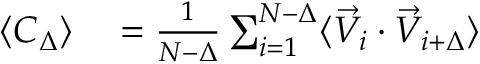
\begin{array} { r l } { \langle C _ { \Delta } \rangle } & { { } = \frac { 1 } { N - \Delta } \sum _ { i = 1 } ^ { N - \Delta } \langle \vec { V } _ { i } \cdot \vec { V } _ { i + \Delta } \rangle } \end{array}